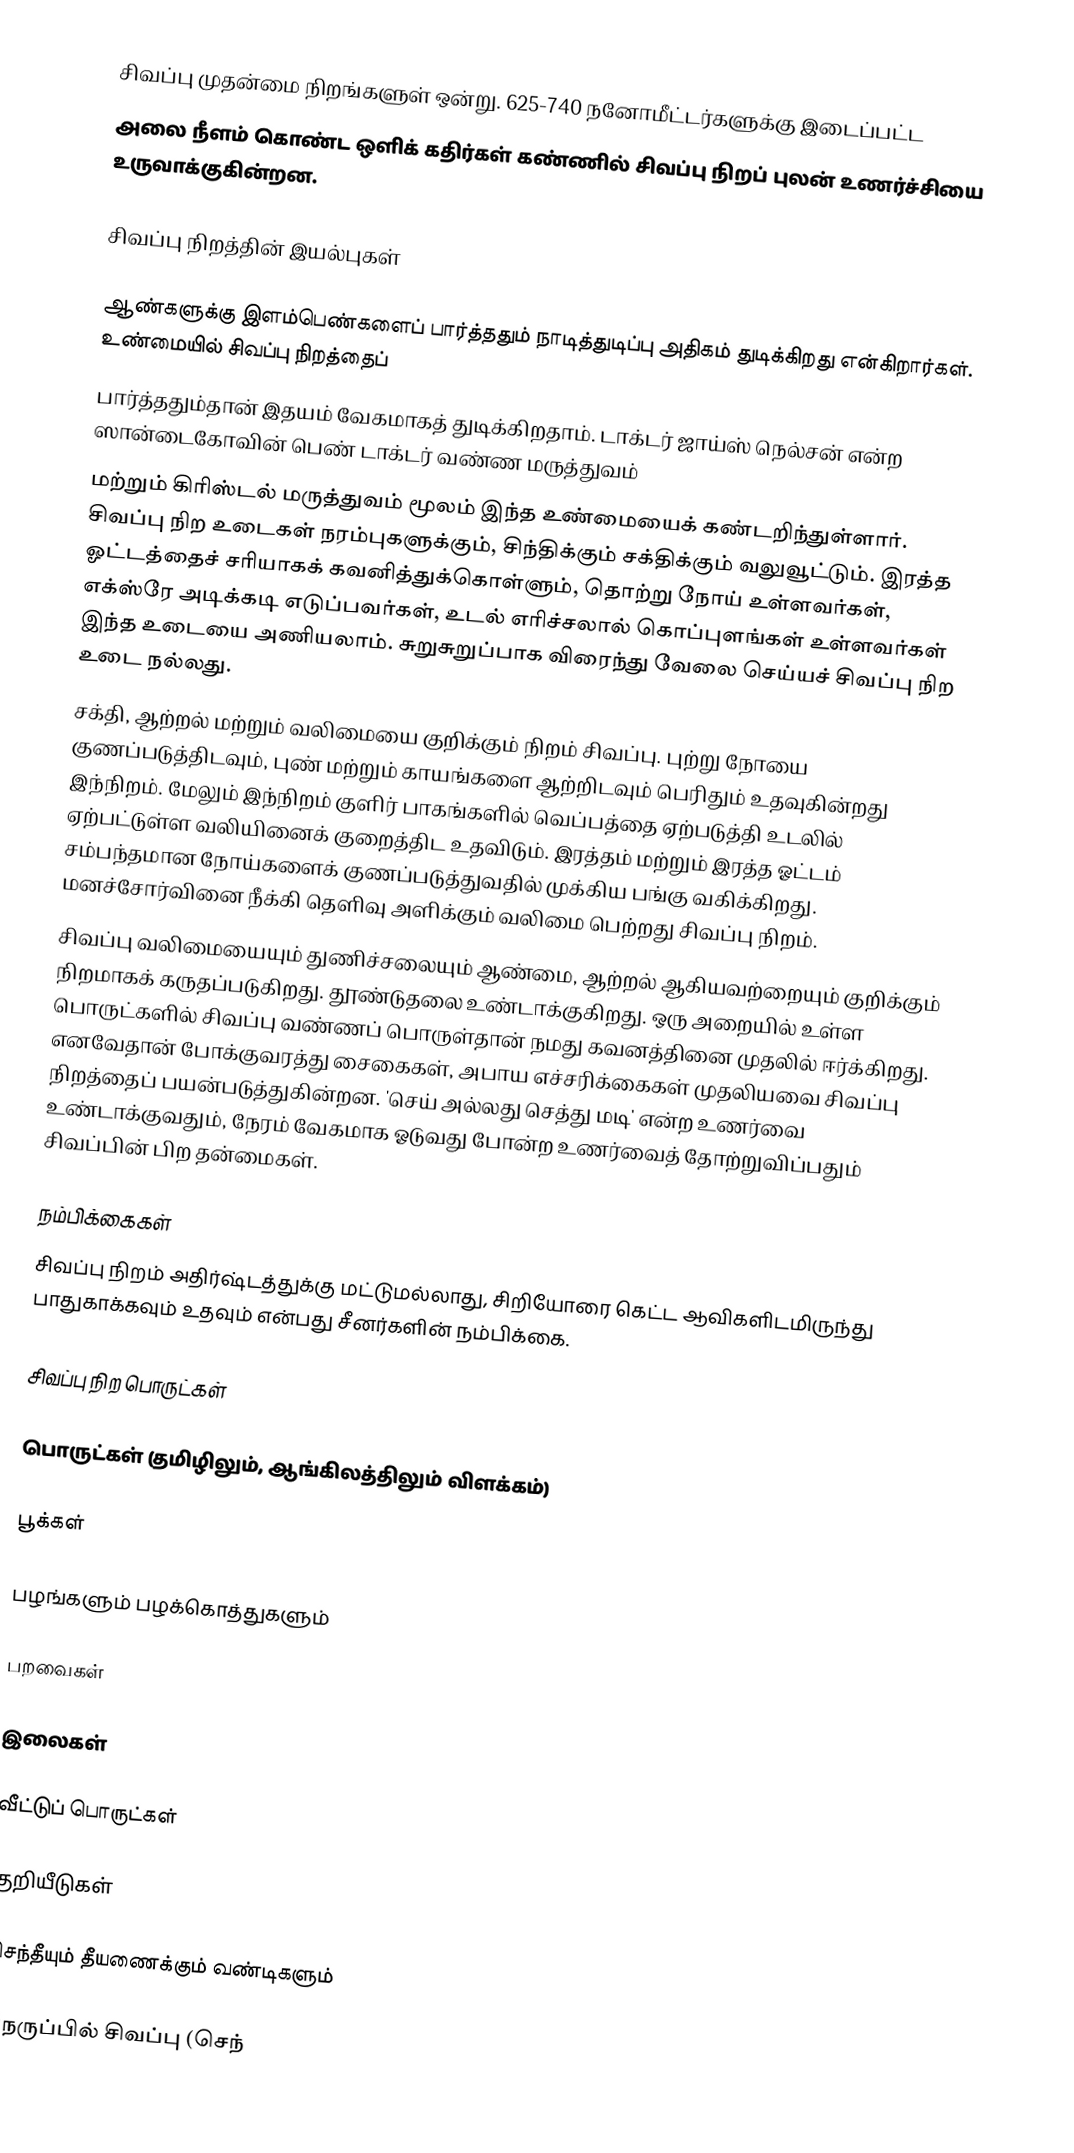
சிவப்பு முதன்மை நிறங்களுள் ஒன்று. 625-740 நனோமீட்டர்களுக்கு இடைப்பட்ட
அலை நீளம் கொண்ட ஒளிக் கதிர்கள் கண்ணில் சிவப்பு நிறப் புலன் உணர்ச்சியை உருவாக்குகின்றன.

சிவப்பு நிறத்தின் இயல்புகள்

 ஆண்களுக்கு இளம்பெண்களைப் பார்த்ததும் நாடித்துடிப்பு அதிகம் துடிக்கிறது என்கிறார்கள். உண்மையில் சிவப்பு நிறத்தைப்
பார்த்ததும்தான் இதயம் வேகமாகத் துடிக்கிறதாம். டாக்டர் ஜாய்ஸ் நெல்சன் என்ற ஸான்டைகோவின் பெண் டாக்டர் வண்ண மருத்துவம்
மற்றும் கிரிஸ்டல் மருத்துவம் மூலம் இந்த உண்மையைக் கண்டறிந்துள்ளார். சிவப்பு நிற உடைகள் நரம்புகளுக்கும், சிந்திக்கும் சக்திக்கும் வலுவூட்டும். இரத்த ஓட்டத்தைச் சரியாகக் கவனித்துக்கொள்ளும், தொற்று நோய் உள்ளவர்கள், எக்ஸ்ரே அடிக்கடி எடுப்பவர்கள், உடல் எரிச்சலால் கொப்புளங்கள் உள்ளவர்கள் இந்த உடையை அணியலாம். சுறுசுறுப்பாக விரைந்து வேலை செய்யச் சிவப்பு நிற உடை நல்லது.
 சக்தி, ஆற்றல் மற்றும் வலிமையை குறிக்கும் நிறம் சிவப்பு. புற்று நோயை குணப்படுத்திடவும், புண் மற்றும் காயங்களை ஆற்றிடவும் பெரிதும் உதவுகின்றது இந்நிறம். மேலும் இந்நிறம் குளிர் பாகங்களில் வெப்பத்தை ஏற்படுத்தி உடலில் ஏற்பட்டுள்ள வலியினைக் குறைத்திட உதவிடும். இரத்தம் மற்றும் இரத்த ஓட்டம் சம்பந்தமான நோய்களைக் குணப்படுத்துவதில் முக்கிய பங்கு வகிக்கிறது. மனச்சோர்வினை நீக்கி தெளிவு அளிக்கும் வலிமை பெற்றது சிவப்பு நிறம்.
 சிவப்பு வலிமையையும் துணிச்சலையும் ஆண்மை, ஆற்றல் ஆகியவற்றையும் குறிக்கும் நிறமாகக் கருதப்படுகிறது. தூண்டுதலை உண்டாக்குகிறது. ஒரு அறையில் உள்ள பொருட்களில் சிவப்பு வண்ணப் பொருள்தான் நமது கவனத்தினை முதலில் ஈர்க்கிறது. எனவேதான் போக்குவரத்து சைகைகள், அபாய எச்சரிக்கைகள் முதலியவை சிவப்பு நிறத்தைப் பயன்படுத்துகின்றன. 'செய் அல்லது செத்து மடி' என்ற உணர்வை உண்டாக்குவதும், நேரம் வேகமாக ஓடுவது போன்ற உணர்வைத் தோற்றுவிப்பதும் சிவப்பின் பிற தன்மைகள்.

நம்பிக்கைகள்
சிவப்பு நிறம் அதிர்ஷ்டத்துக்கு மட்டுமல்லாது, சிறியோரை கெட்ட ஆவிகளிடமிருந்து பாதுகாக்கவும் உதவும் என்பது சீனர்களின் நம்பிக்கை.

சிவப்பு நிற பொருட்கள்

 பொருட்கள் (தமிழிலும், ஆங்கிலத்திலும் விளக்கம்)

பூக்கள்

பழங்களும் பழக்கொத்துகளும்

பறவைகள்

இலைகள்

வீட்டுப் பொருட்கள்

குறியீடுகள்

செந்தீயும் தீயணைக்கும் வண்டிகளும்

நெருப்பில் சிவப்பு (செந்